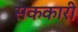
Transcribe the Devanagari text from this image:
सककारी